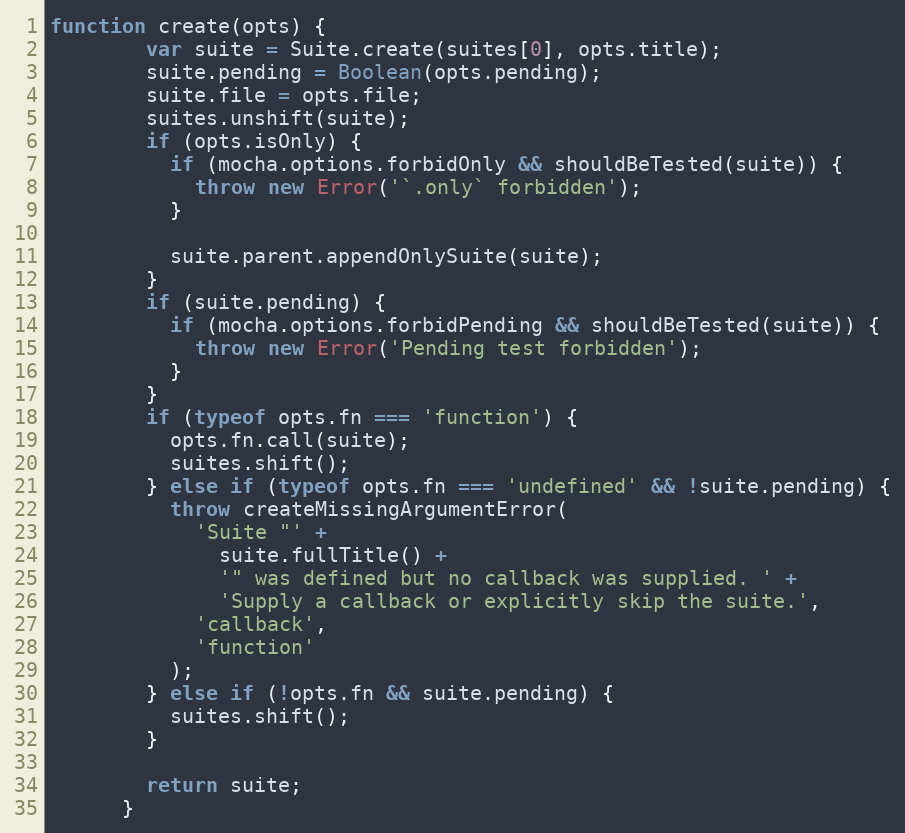
Language: JavaScript
function create(opts) {
        var suite = Suite.create(suites[0], opts.title);
        suite.pending = Boolean(opts.pending);
        suite.file = opts.file;
        suites.unshift(suite);
        if (opts.isOnly) {
          if (mocha.options.forbidOnly && shouldBeTested(suite)) {
            throw new Error('`.only` forbidden');
          }

          suite.parent.appendOnlySuite(suite);
        }
        if (suite.pending) {
          if (mocha.options.forbidPending && shouldBeTested(suite)) {
            throw new Error('Pending test forbidden');
          }
        }
        if (typeof opts.fn === 'function') {
          opts.fn.call(suite);
          suites.shift();
        } else if (typeof opts.fn === 'undefined' && !suite.pending) {
          throw createMissingArgumentError(
            'Suite "' +
              suite.fullTitle() +
              '" was defined but no callback was supplied. ' +
              'Supply a callback or explicitly skip the suite.',
            'callback',
            'function'
          );
        } else if (!opts.fn && suite.pending) {
          suites.shift();
        }

        return suite;
      }